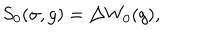
S _ { 0 } ( \sigma , g ) = \triangle W _ { 0 } ( g ) ,